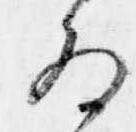
為